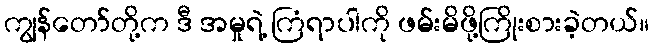
ကျွန်တော်တို့က ဒီ အမှုရဲ့ ကြံရာပါကို ဖမ်းမိဖို့ကြိုးစားခဲ့တယ်။